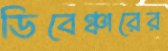
ডিবেঞ্চারের